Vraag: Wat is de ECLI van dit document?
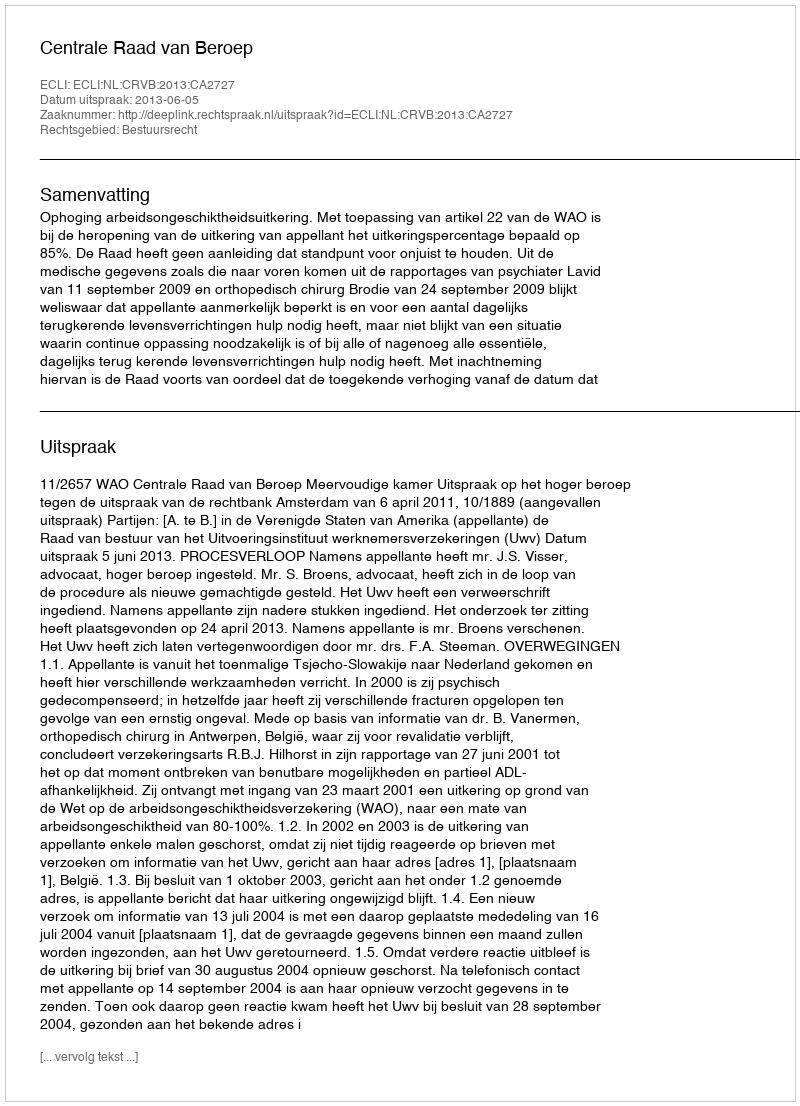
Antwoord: ECLI:NL:CRVB:2013:CA2727